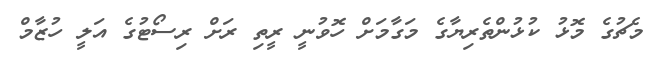
މެޗުގެ މޮޅު ކުޅުންތެރިޔާގެ މަގާމަށް ހޮވުނީ ރީތި ރަށް ރިސޯޓުގެ އަލީ ހުޒާމް